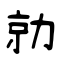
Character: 勍